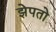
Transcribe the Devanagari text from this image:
झेपतो